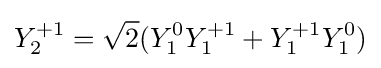
Y_{2}^{+1}={\sqrt {2}}(Y_{1}^{0}Y_{1}^{+1}+Y_{1}^{+1}Y_{1}^{0})